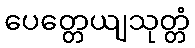
ပေတ္တေယျသုတ္တံ